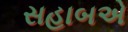
સહાબએ